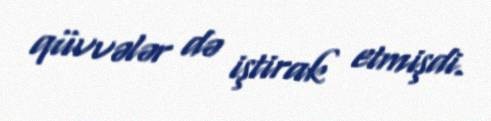
qüvvələr də iştirak etmişdi.